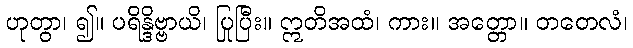
ဟုတွာ၊ ၍။ ပရိန္ဒိဗ္ဗာယိ၊ ပြုပြီး။ ဣတိအထံ၊ ကား။ အတ္တော။ တတေလံ၊